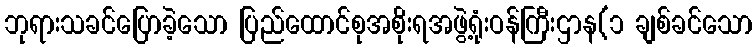
ဘုရားသခင်ပြောခဲ့သော ပြည်ထောင်စုအစိုးရအဖွဲ့ရုံးဝန်ကြီးဌာန(၁ ချစ်ခင်သော